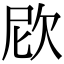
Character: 𣢞